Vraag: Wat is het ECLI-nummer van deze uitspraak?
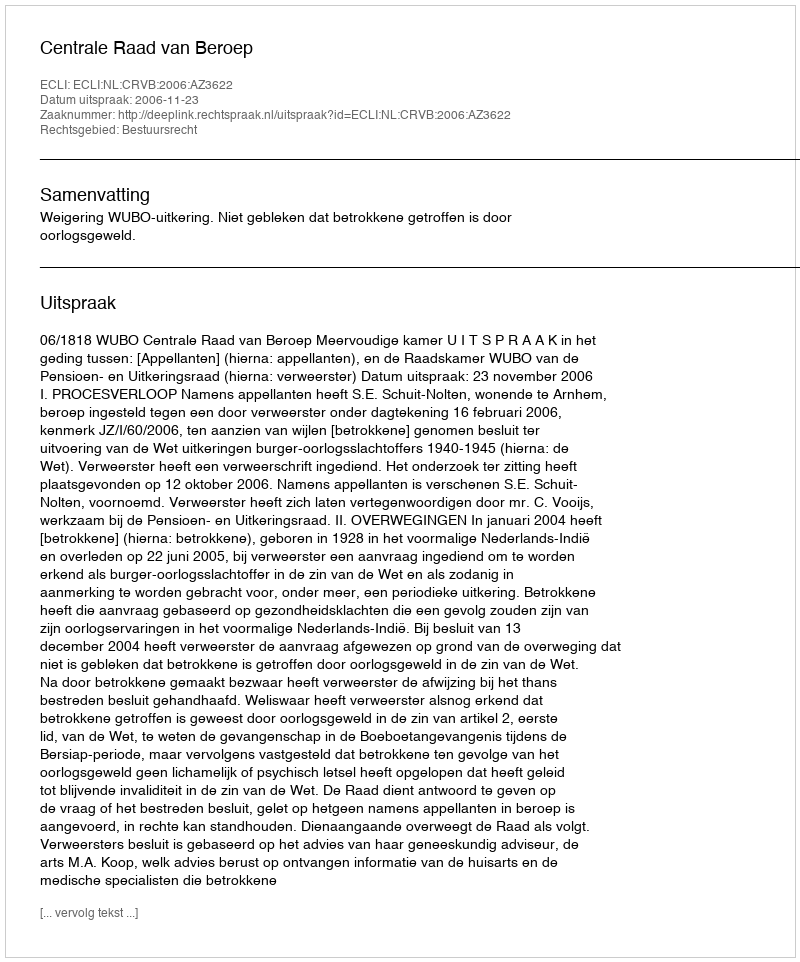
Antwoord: ECLI:NL:CRVB:2006:AZ3622